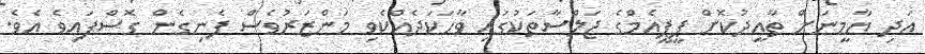
އަދި ޔާމީނަށް ތާއީދުކޮށް ޕީޕީއެމްގެ ޖަލްސާތަކުގައި ވާހަކަދެއްކެވި މަންޒަރުވެސް ފެނިގެން ގޮސްފައިވެ އެވެ.